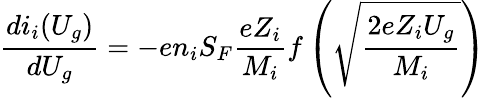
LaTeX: {\frac{di_{i}(U_{g})}{dU_{g}}}=-en_{i}S_{F}{\frac{eZ_{i}}{M_{i}}}f\left({\sqrt{\frac{2eZ_{i}U_{g}}{M_{i}}}}\right)